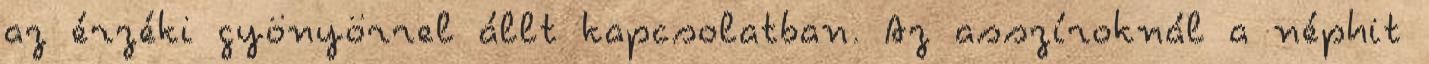
az érzéki gyönyörrel állt kapcsolatban. Az asszíroknál a néphit